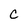
Character: c